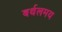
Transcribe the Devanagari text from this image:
बर्थलमय